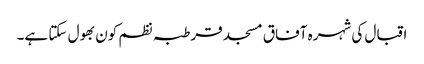
اقبال کی شہرہ آفاق مسجد قرطبہ نظم کون بھول سکتا ہے۔